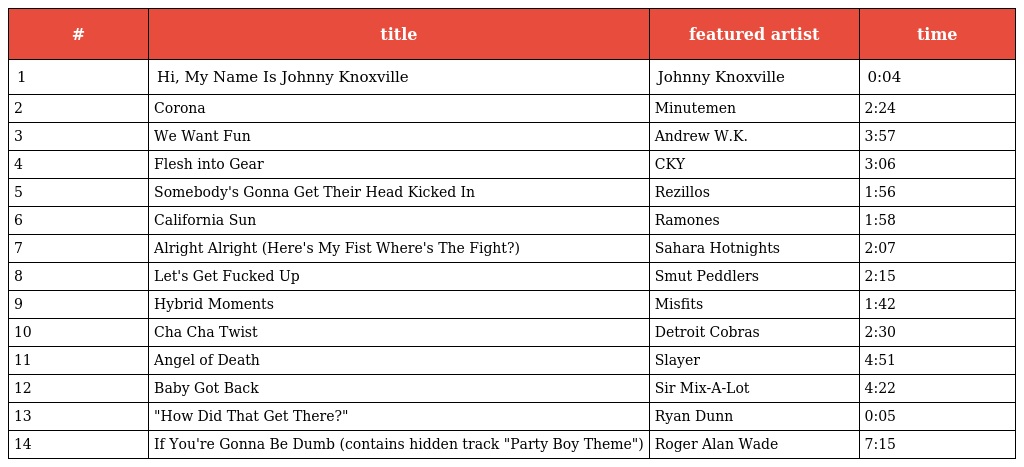
| # | title | featured artist | time |
 | --- | --- | --- | --- |
 | 1 | Hi, My Name Is Johnny Knoxville | Johnny Knoxville | 0:04 |
 | 2 | Corona | Minutemen | 2:24 |
 | 3 | We Want Fun | Andrew W.K. | 3:57 |
 | 4 | Flesh into Gear | CKY | 3:06 |
 | 5 | Somebody's Gonna Get Their Head Kicked In | Rezillos | 1:56 |
 | 6 | California Sun | Ramones | 1:58 |
 | 7 | Alright Alright (Here's My Fist Where's The Fight?) | Sahara Hotnights | 2:07 |
 | 8 | Let's Get Fucked Up | Smut Peddlers | 2:15 |
 | 9 | Hybrid Moments | Misfits | 1:42 |
 | 10 | Cha Cha Twist | Detroit Cobras | 2:30 |
 | 11 | Angel of Death | Slayer | 4:51 |
 | 12 | Baby Got Back | Sir Mix-A-Lot | 4:22 |
 | 13 | "How Did That Get There?" | Ryan Dunn | 0:05 |
 | 14 | If You're Gonna Be Dumb (contains hidden track "Party Boy Theme") | Roger Alan Wade | 7:15 |